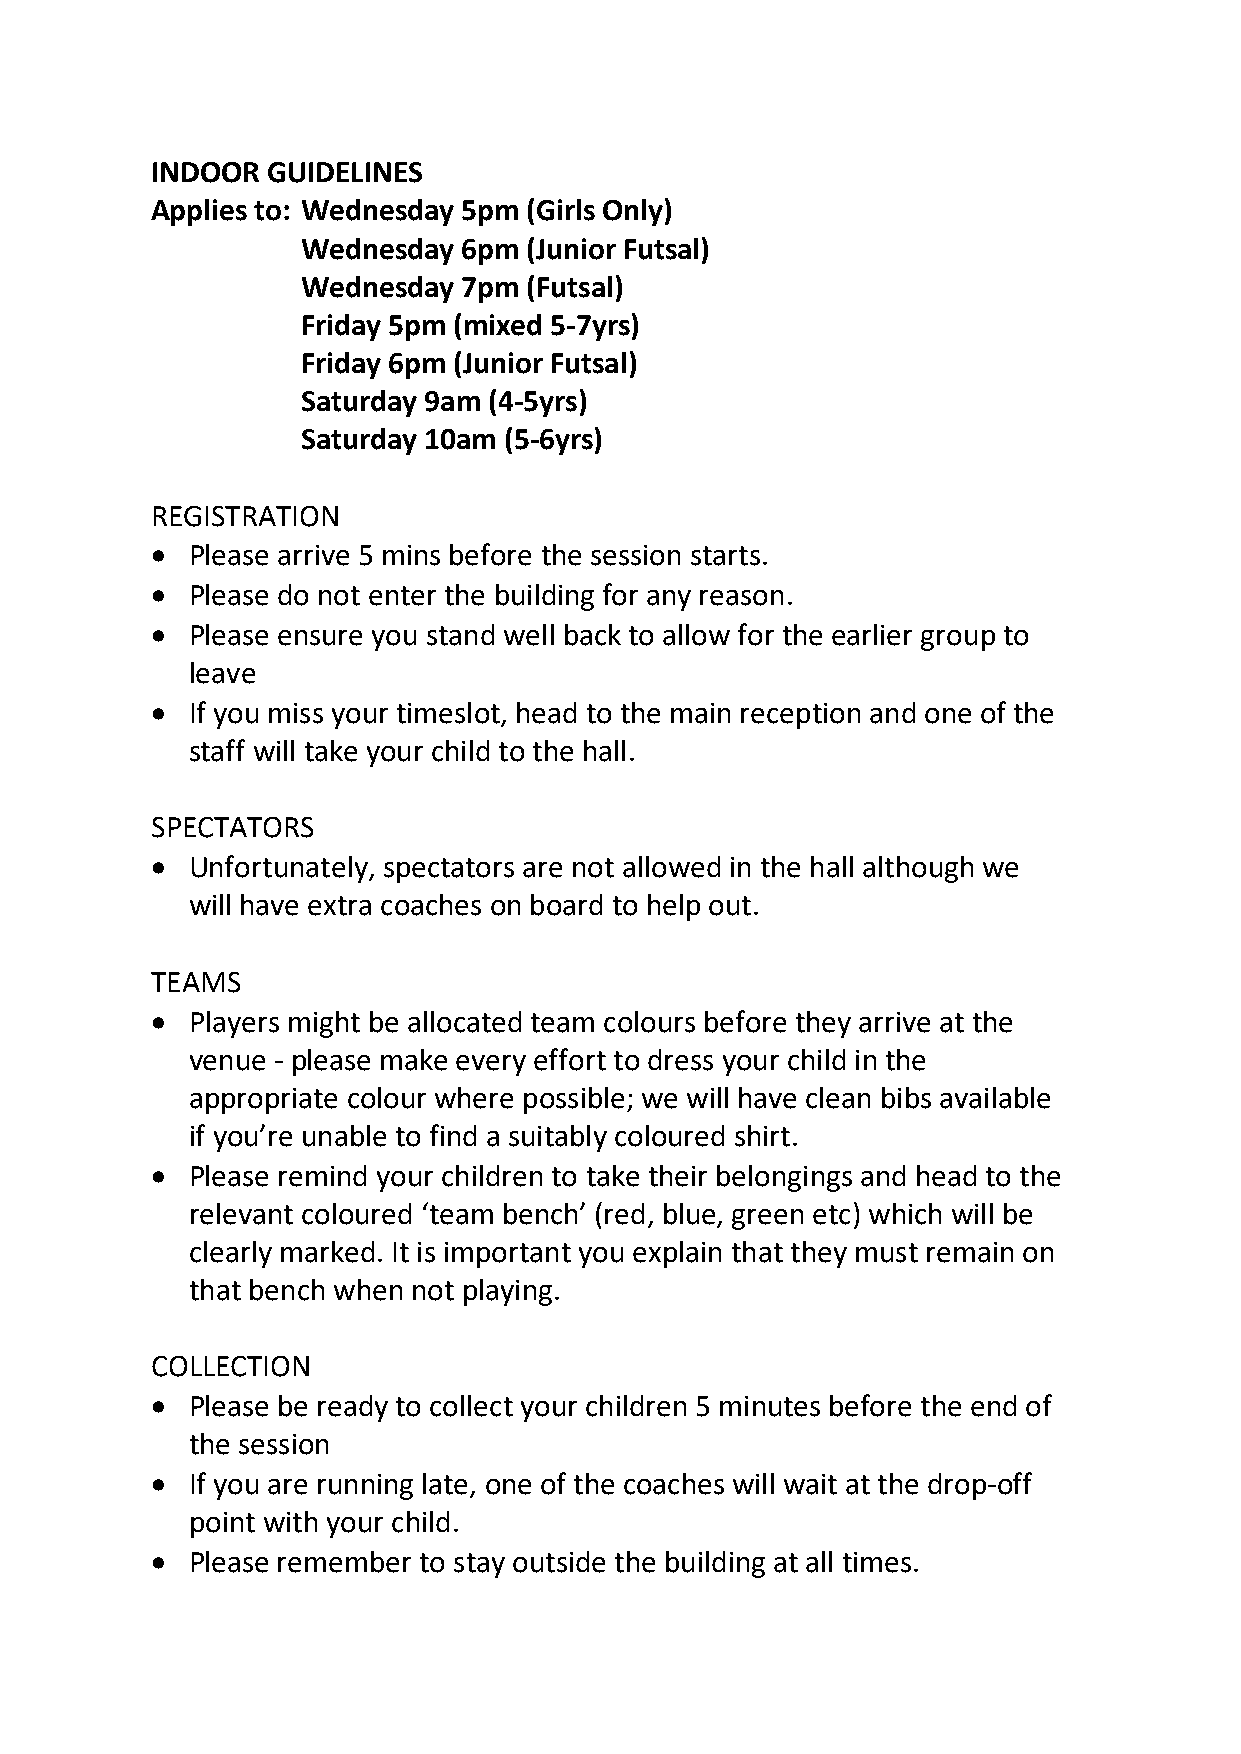
INDOOR  GUIDELINES
 Applies to: Wednesday 5pm (Girls Only)
 Wednesday  6pm (Junior Futsal)
 Wednesday  7pm (Futsal)
 Friday 5pm (mixed 5-7yrs)
 Friday 6pm (Junior Futsal)
 Saturday 9am (4-5yrs)
 Saturday 10am (5-6yrs)
 REGISTRATION
 • Please arrive 5 mins before the session starts.
 • Please do not enter the building for any reason.
 • Please ensure you stand well back to allow for the earlier group to
 leave
 • If you miss your timeslot, head to the main reception and one of the
 staff will take your child to the hall.
 SPECTATORS
 • Unfortunately, spectators are not allowed in the hall although we
 will have extra coaches on board to help out.
 TEAMS
 • Players might be allocated team colours before they arrive at the
 venue - please make every effort to dress your child in the
 appropriate colour where possible; we will have clean bibs available
 if you’re unable to find a suitably coloured shirt.
 • Please remind your children to take their belongings and head to the
 relevant coloured ‘team bench’ (red, blue, green etc) which will be
 clearly marked. It is important you explain that they must remain on
 that bench when not playing.
 COLLECTION
 • Please be ready to collect your children 5 minutes before the end of
 the session
 • If you are running late, one of the coaches will wait at the drop-off
 point with your child.
 • Please remember to stay outside the building at all times.